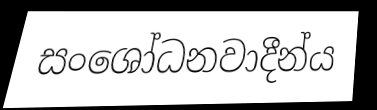
සංශෝධනවාදීන්ය